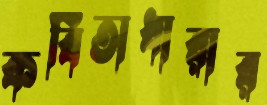
কবিতাধারার